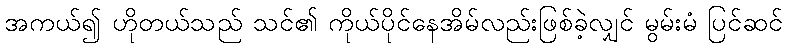
အကယ်၍ ဟိုတယ်သည် သင်၏ ကိုယ်ပိုင်နေအိမ်လည်းဖြစ်ခဲ့လျှင် မွမ်းမံ ပြင်ဆင်